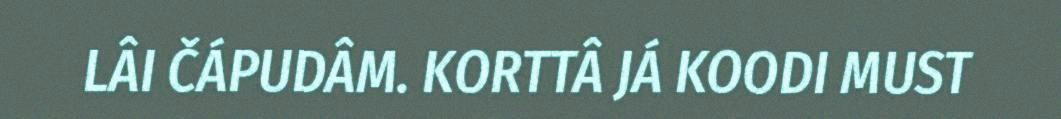
LÂI ČÁPUDÂM. KORTTÂ JÁ KOODI MUST